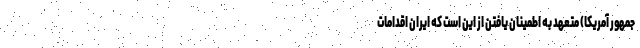
جمهور آمریکا) متعهد به اطمینان یافتن از این است که ایران اقدامات